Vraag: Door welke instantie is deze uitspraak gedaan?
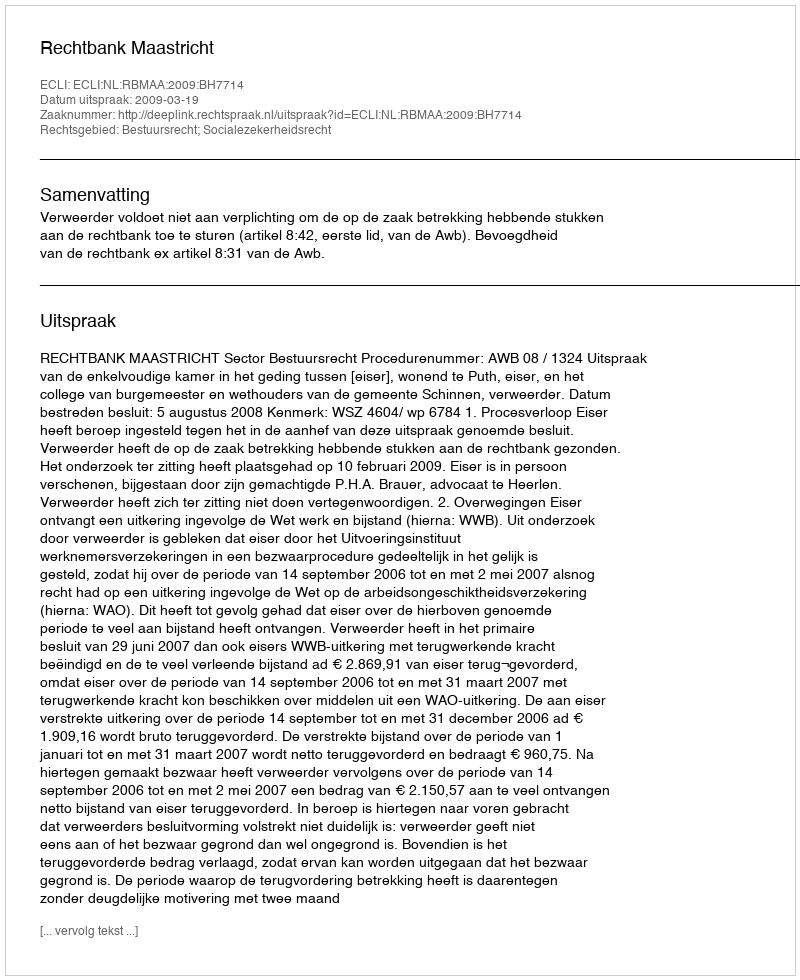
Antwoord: Rechtbank Maastricht